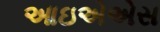
આઇએએસ